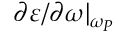
\partial \varepsilon / \partial \omega | _ { \omega _ { P } }